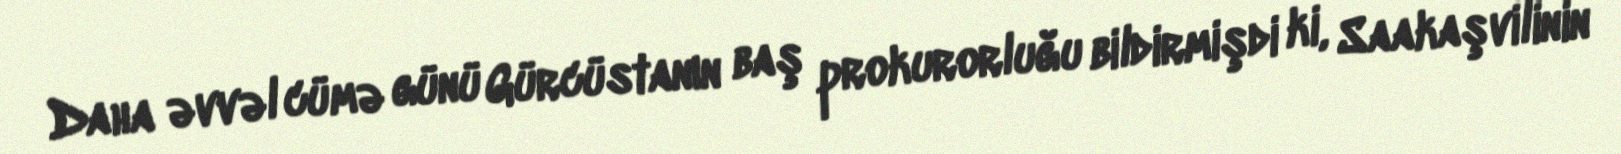
Daha əvvəl cümə günü Gürcüstanın baş prokurorluğu bildirmişdi ki, Saakaşvilinin